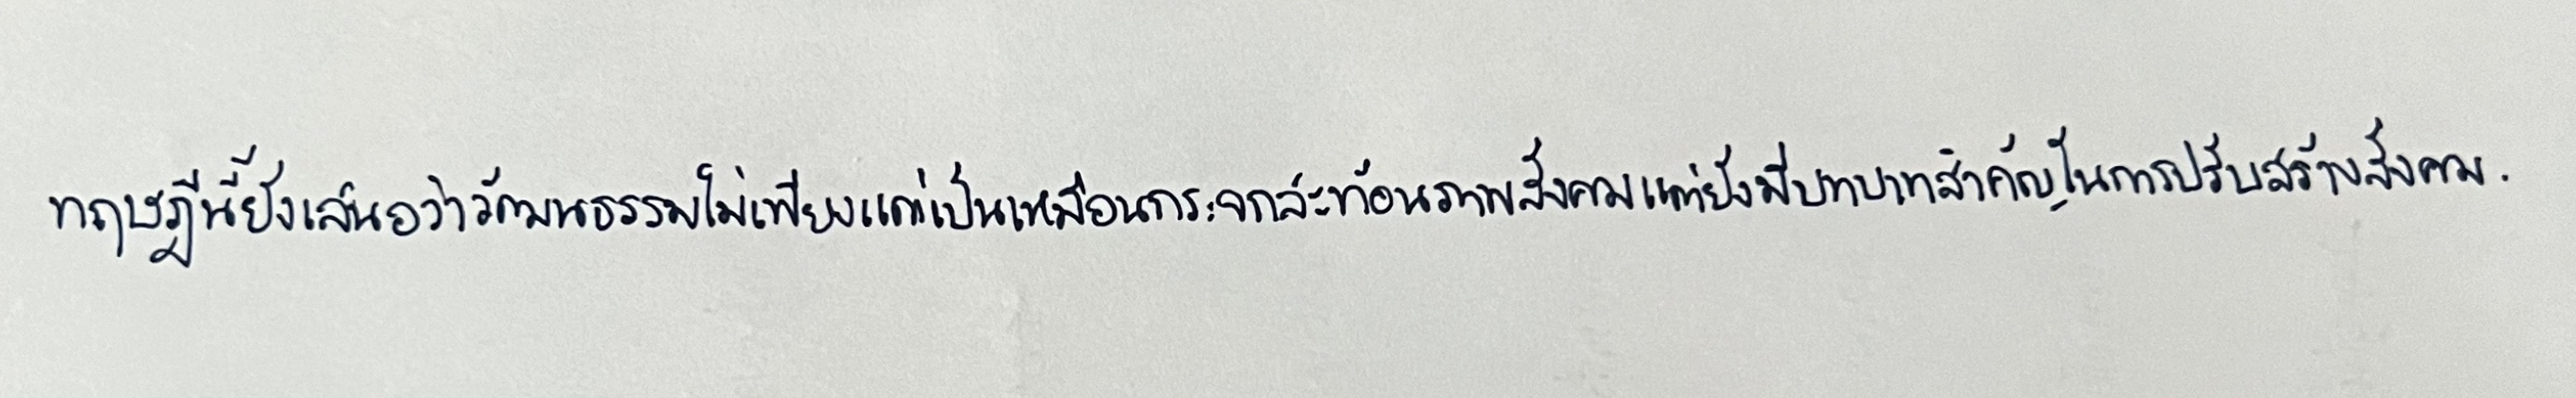
ทฤษฎีนี้ยังเสนอว่าวัฒนธรรมไม่เพียงแต่เป็นเหมือนกระจกสะท้อนภาพสังคมแต่ยังมีบทบาทสำคัญในการปรับสร้างสังคม